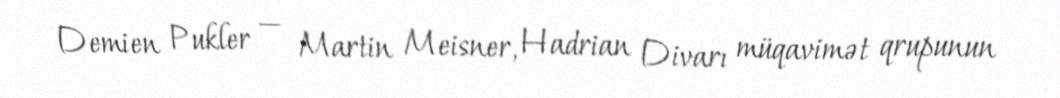
Demien Pukler — Martin Meisner, Hadrian Divarı müqavimət qrupunun